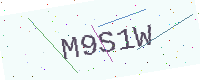
Text: M9S1W